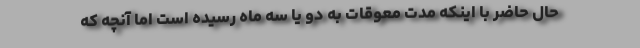
حال حاضر با اینکه مدت معوقات به دو یا سه ماه رسیده است اما آنچه‌ که